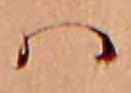
ハ